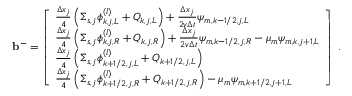
\mathbf { b } ^ { - } = \left[ \begin{array} { l } { \frac { \Delta x _ { j } } { 4 } \left( \Sigma _ { s , j } \phi _ { k , j , L } ^ { ( l ) } + Q _ { k , j , L } \right) + \frac { \Delta x _ { j } } { 2 v \Delta t } \psi _ { m , k - 1 / 2 , j , L } } \\ { \frac { \Delta x _ { j } } { 4 } \left( \Sigma _ { s , j } \phi _ { k , j , R } ^ { ( l ) } + Q _ { k , j , R } \right) + \frac { \Delta x _ { j } } { 2 v \Delta t } \psi _ { m , k - 1 / 2 , j , R } - \mu _ { m } \psi _ { m , k , j + 1 , L } } \\ { \frac { \Delta x _ { j } } { 4 } \left( \Sigma _ { s , j } \phi _ { k + 1 / 2 , j , L } ^ { ( l ) } + Q _ { k + 1 / 2 , j , L } \right) } \\ { \frac { \Delta x _ { j } } { 4 } \left( \Sigma _ { s , j } \phi _ { k + 1 / 2 , j , R } ^ { ( l ) } + Q _ { k + 1 / 2 , j , R } \right) - \mu _ { m } \psi _ { m , k + 1 / 2 , j + 1 , L } } \end{array} \right] \; .